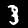
Digit: 3